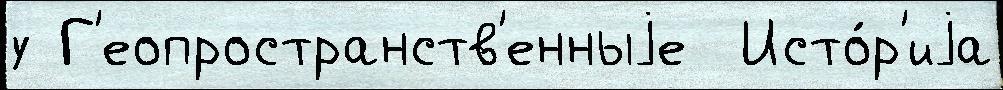
у Г'еопространств'енныjе  Исто́р'иjа